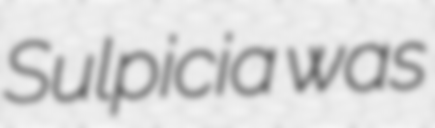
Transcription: Sulpicia was